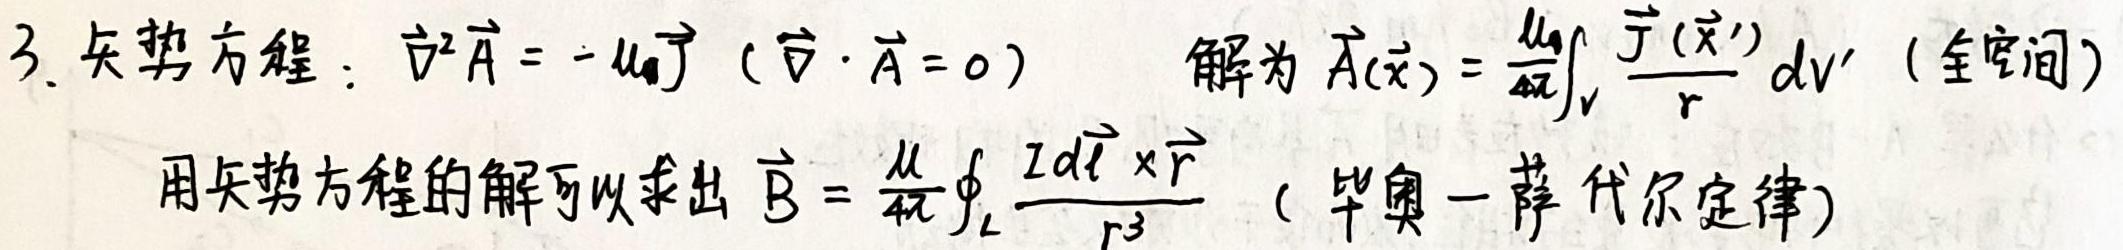
3. 矢势方程：$\nabla^2 \vec{A}=-\mu_0 \vec{J} (\nabla \cdot \vec{A}=0)$  解为 $\vec{A}(\vec{x})=\frac{\mu_0}{4\pi}\int_{V} \frac{\vec{J}(\vec{x}')}{r} dV'$ (全空间)

用矢势方程的解可以求出 $\vec{B}=\frac{\mu}{4\pi}\oint_{L} \frac{Id\vec{l} \times \vec{r}}{r^{3}}$ (毕奥 - 萨伐尔定律)